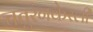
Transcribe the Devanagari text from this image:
चतुरंगकेरली